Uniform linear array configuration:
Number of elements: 4
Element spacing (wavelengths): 0.75
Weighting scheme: cosine
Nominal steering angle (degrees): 0
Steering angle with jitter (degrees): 1.532
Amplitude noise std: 0.05
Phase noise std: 0.05

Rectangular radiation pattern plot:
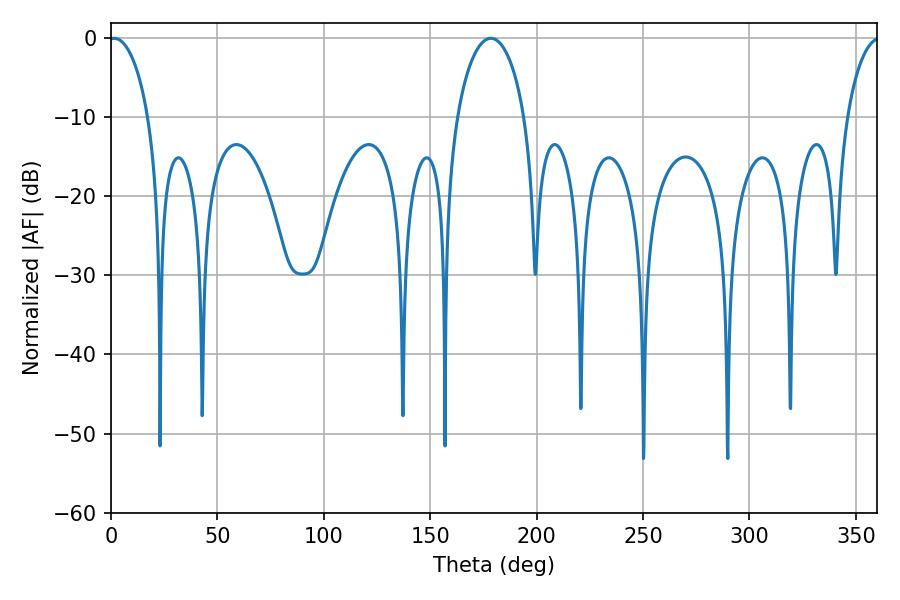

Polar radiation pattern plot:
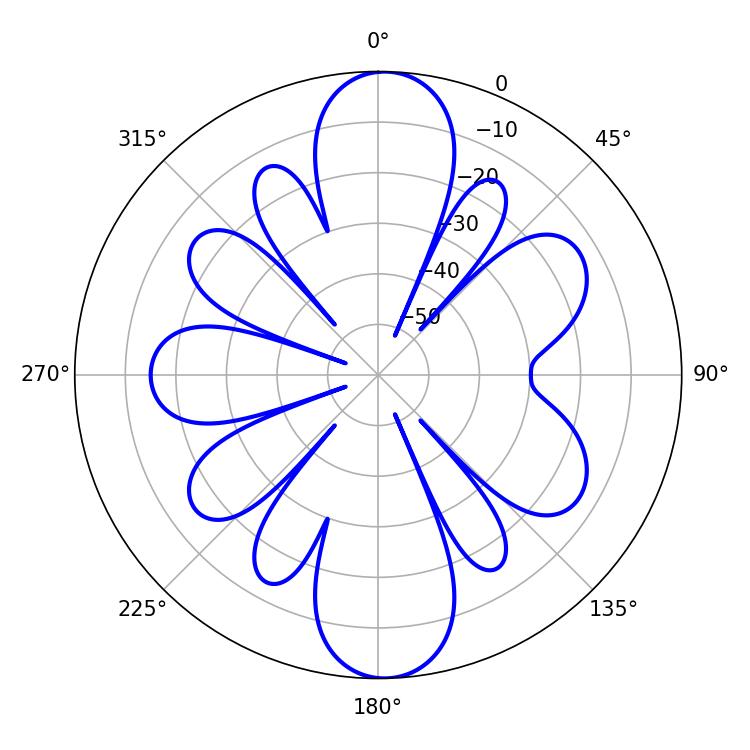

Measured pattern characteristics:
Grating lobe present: TRUE
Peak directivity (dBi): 20.314
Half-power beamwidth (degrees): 10.62
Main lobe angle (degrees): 1.44